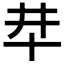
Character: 𠦈